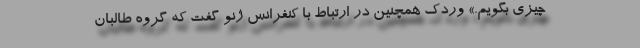
چیزی بگویم.» وردک همچنین در ارتباط با کنفرانس ژنو گفت که گروه طالبان